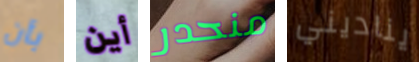
بأن أين منحدر يناديني